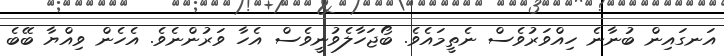
އަނގައިން ބުނާނެ ހިއްވަރުވެސް ނެތީމައެވެ. ބޯޖަހާލެވުނީވެސް އެހާ ވަރުންނެވެ. އެހެން ވިއްޔާ ބޭބެ